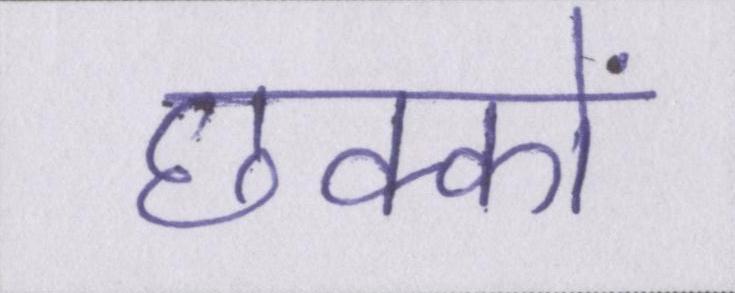
छक्कों